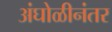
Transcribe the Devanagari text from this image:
अंघोळीनंतर